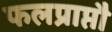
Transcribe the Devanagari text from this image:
फलप्राप्तौ